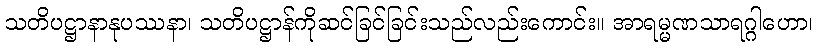
သတိပဋ္ဌာနာနုပဿနာ၊ သတိပဋ္ဌာန်ကိုဆင်ခြင်ခြင်းသည်လည်းကောင်း။ အာရမ္မဏသာရဂ္ဂါဟော၊